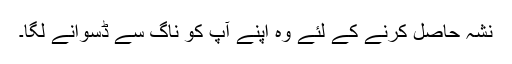
نشہ حاصل کرنے کے لئے وہ اپنے آپ کو ناگ سے ڈسوانے لگا۔